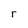
Character: r